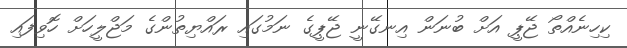
ކިހިނެއްތޯ ޖޭޕީ އަށް ބުނަން އިނގޭނީ ޖޭޕީގެ ނަމުގައި ރައްޔިތުންގެ މަޖްލީހަށް ހޮވިފައި